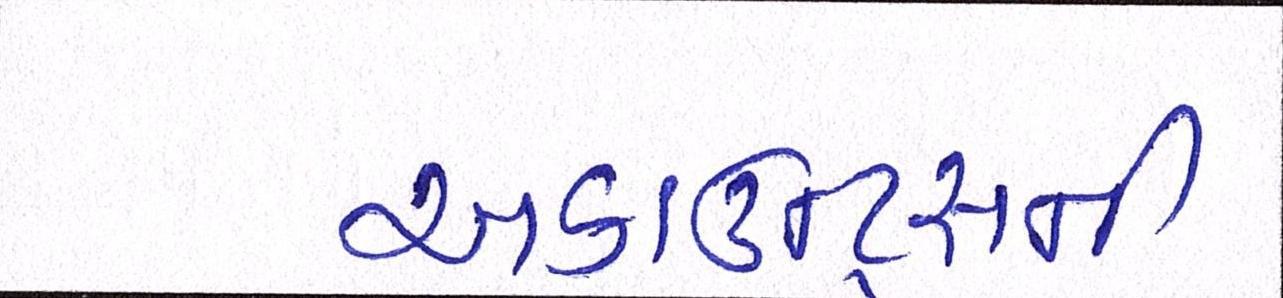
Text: અકાઉન્ટ્સની